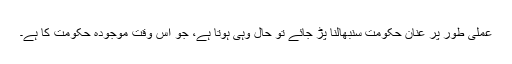
عملی طور پر عنان حکومت سنبھالنا پڑ جائے تو حال وہی ہوتا ہے، جو اس وقت موجودہ حکومت کا ہے۔